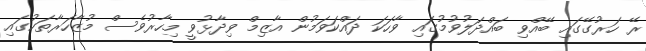
ރޭ ހަރުގޭގައި ބޭއްވި ބައްދަލުވުމުގައި ވާހަކަ ދައްކަވަމުން އާޒިމް ވިދާޅުވީ މިހާރުވެސް މުޒާހަރާތަކުގައި